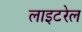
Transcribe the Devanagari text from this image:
लाइटरेल